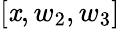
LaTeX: [\mathit{x},w_{2},w_{3}]